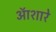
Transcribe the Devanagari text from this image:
ऑशारे